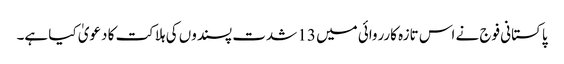
پاکستانی فوج نے اس تازہ کارروائی میں 13 شدت پسندوں کی ہلاکت کا دعویٰ کیا ہے۔